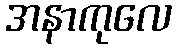
အနာကုလေ